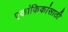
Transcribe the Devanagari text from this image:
एकांकिकांसाठी